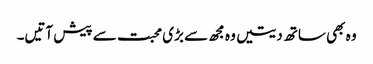
وہ بھی ساتھ دیتیں وہ مجھ سے بڑی محبت سے پیش آتیں۔